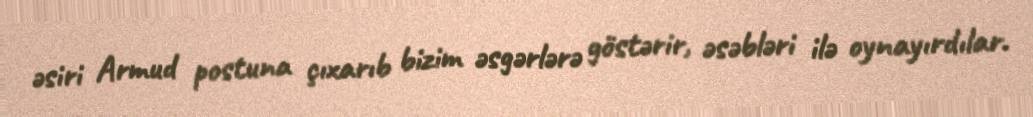
əsiri Armud postuna çıxarıb bizim əsgərlərə göstərir, əsəbləri ilə oynayırdılar.